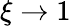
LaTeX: \xi\rightarrow 1